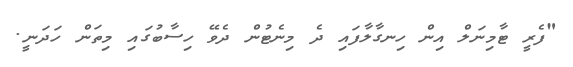
"ފެރީ ޓާމިނަލް އިން ހިނގާލާފައި ދެ މިނެޓުން ދެވޭ ހިސާބުގައި މިތަން ހަދަނީ.